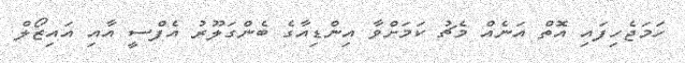
ހަމަޖެހިފައި އޮތް އަނެއް މެޗު ކަމަށްވާ އިންޑިއާގެ ބެންގަލޫރު އެފްސީ އާއި އައިޒޯލް